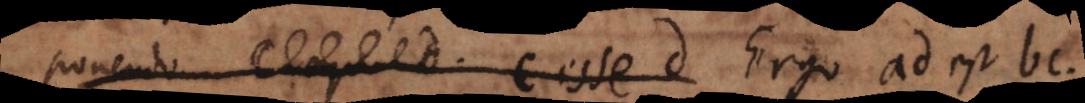
d c esse d Ergo ad est bc,